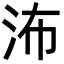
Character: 㳍